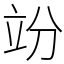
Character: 竕